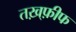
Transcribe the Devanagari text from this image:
तख़्फ़ीफ